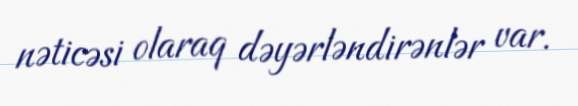
nəticəsi olaraq dəyərləndirənlər var.